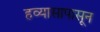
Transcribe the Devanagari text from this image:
हव्यासापासून